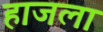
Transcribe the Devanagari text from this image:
हाजला